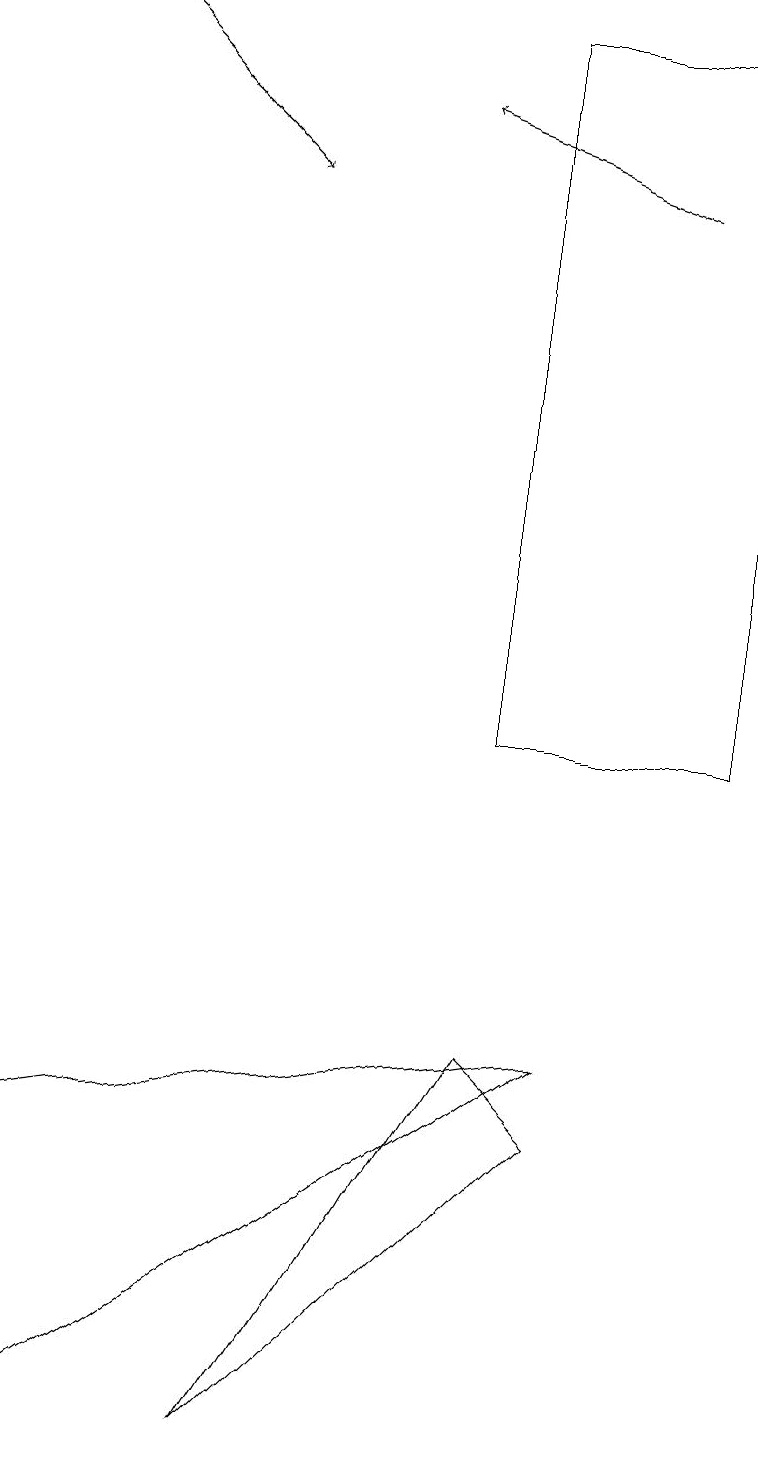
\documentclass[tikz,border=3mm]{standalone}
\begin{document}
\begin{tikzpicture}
\draw (6,19) rectangle (9,10);
\draw (7,5) -- (6,6) -- (3,1) -- cycle;
\draw[->] (1,19) -- (3,17);
\draw[->] (8,17) -- (5,18);
\draw (0,5) -- (7,6) -- (0,1) -- cycle;
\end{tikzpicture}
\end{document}